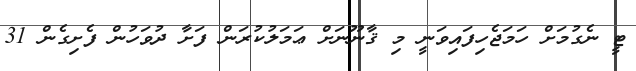
ޓީ ނެގުމަށް ހަމަޖެހިފައިވަނީ މި ޤާނޫނަށް ޢަމަލުކުރަން ފަށާ ދުވަހުން ފެށިގެން 31